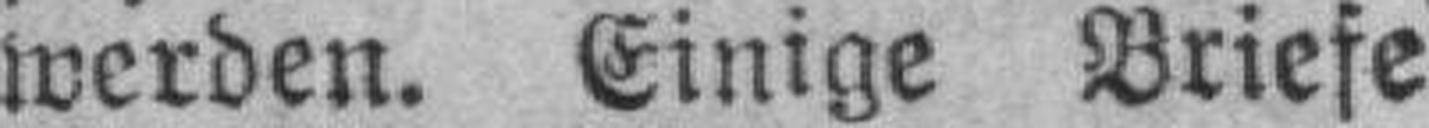
werden. Einige Briefe